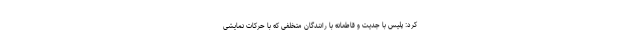
کرد: پلیس با جدیت و قاطعانه با رانندگان متخلفی که با حرکات نمایشی